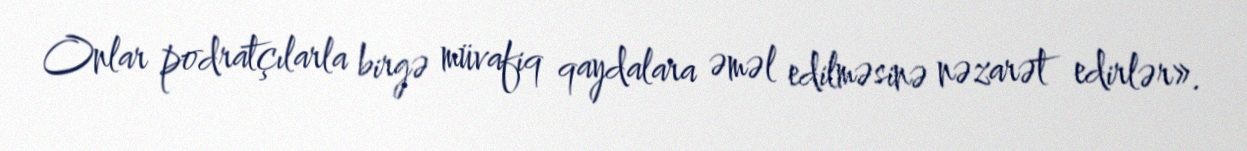
Onlar podratçılarla birgə müvafiq qaydalara əməl edilməsinə nəzarət edirlər».